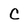
Character: C